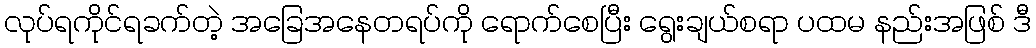
လုပ်ရကိုင်ရခက်တဲ့ အခြေအနေတရပ်ကို ရောက်စေပြီး ရွေးချယ်စရာ ပထမ နည်းအဖြစ် ဒီ